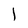
Character: l